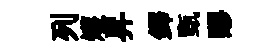
列矱昇鐸甄醪